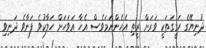
ދުނިޔޭގެ ހަގީގަތަކީ ވަރަށް ރީތި އެހެންނަމަވެސް އެހާ އަވަހަށް ހަލާކުވެ ފަނާވެ ދަނިވި